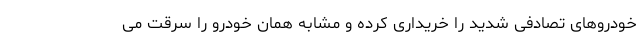
خودروهای تصادفی شدید را خریداری کرده و مشابه همان خودرو را سرقت می